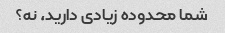
شما محدوده زیادی دارید، نه؟